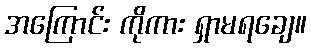
အကြောင်း ကိုကား ရှာမရချေ။